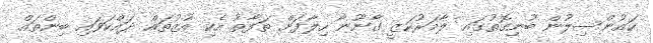
ކައުންސިލުން ބުނިގޮތުގައި ލާމަރުކަޒީ ގާނޫނާ ހިލާފަށް ތަފާތު އެކި އުޒުތައް ދައްކަވައި ބިންތައް